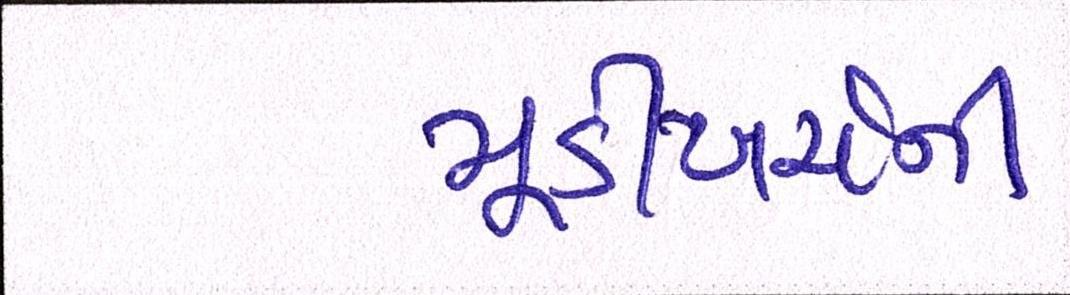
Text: મૂડીખર્ચની